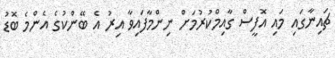
ޗައިނާގައި މައި އޮފީސް ގާއިމްކުރުމަށް ނިންމާފައިވާ އިރު އެ ބޭންކުގެ އެންމެ ބޮޑު